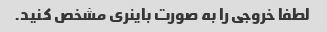
لطفا خروجی را به صورت باینری مشخص کنید.